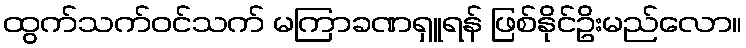
ထွက်သက်ဝင်သက် မကြာခဏရှူရန် ဖြစ်နိုင်ဥိးမည်လော။